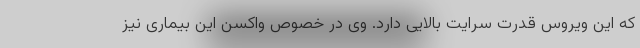
که این ویروس قدرت سرایت بالایی دارد. وی در خصوص واکسن این بیماری نیز